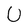
Character: U